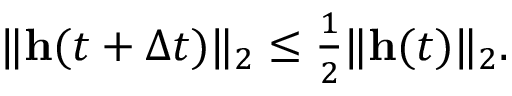
\begin{array} { r } { \| \mathbf { h } ( t + \Delta t ) \| _ { 2 } \leq \frac { 1 } 2 \| \mathbf { h } ( t ) \| _ { 2 } . } \end{array}